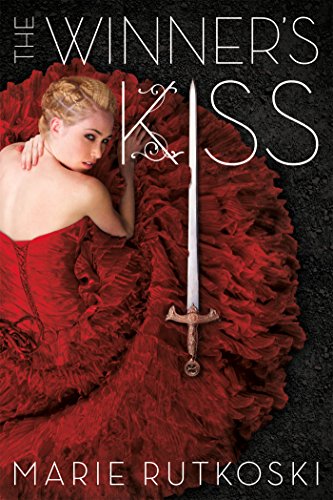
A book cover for The Winner's Kiss (The Winner's Trilogy); Marie Rutkoski; Teen & Young Adult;